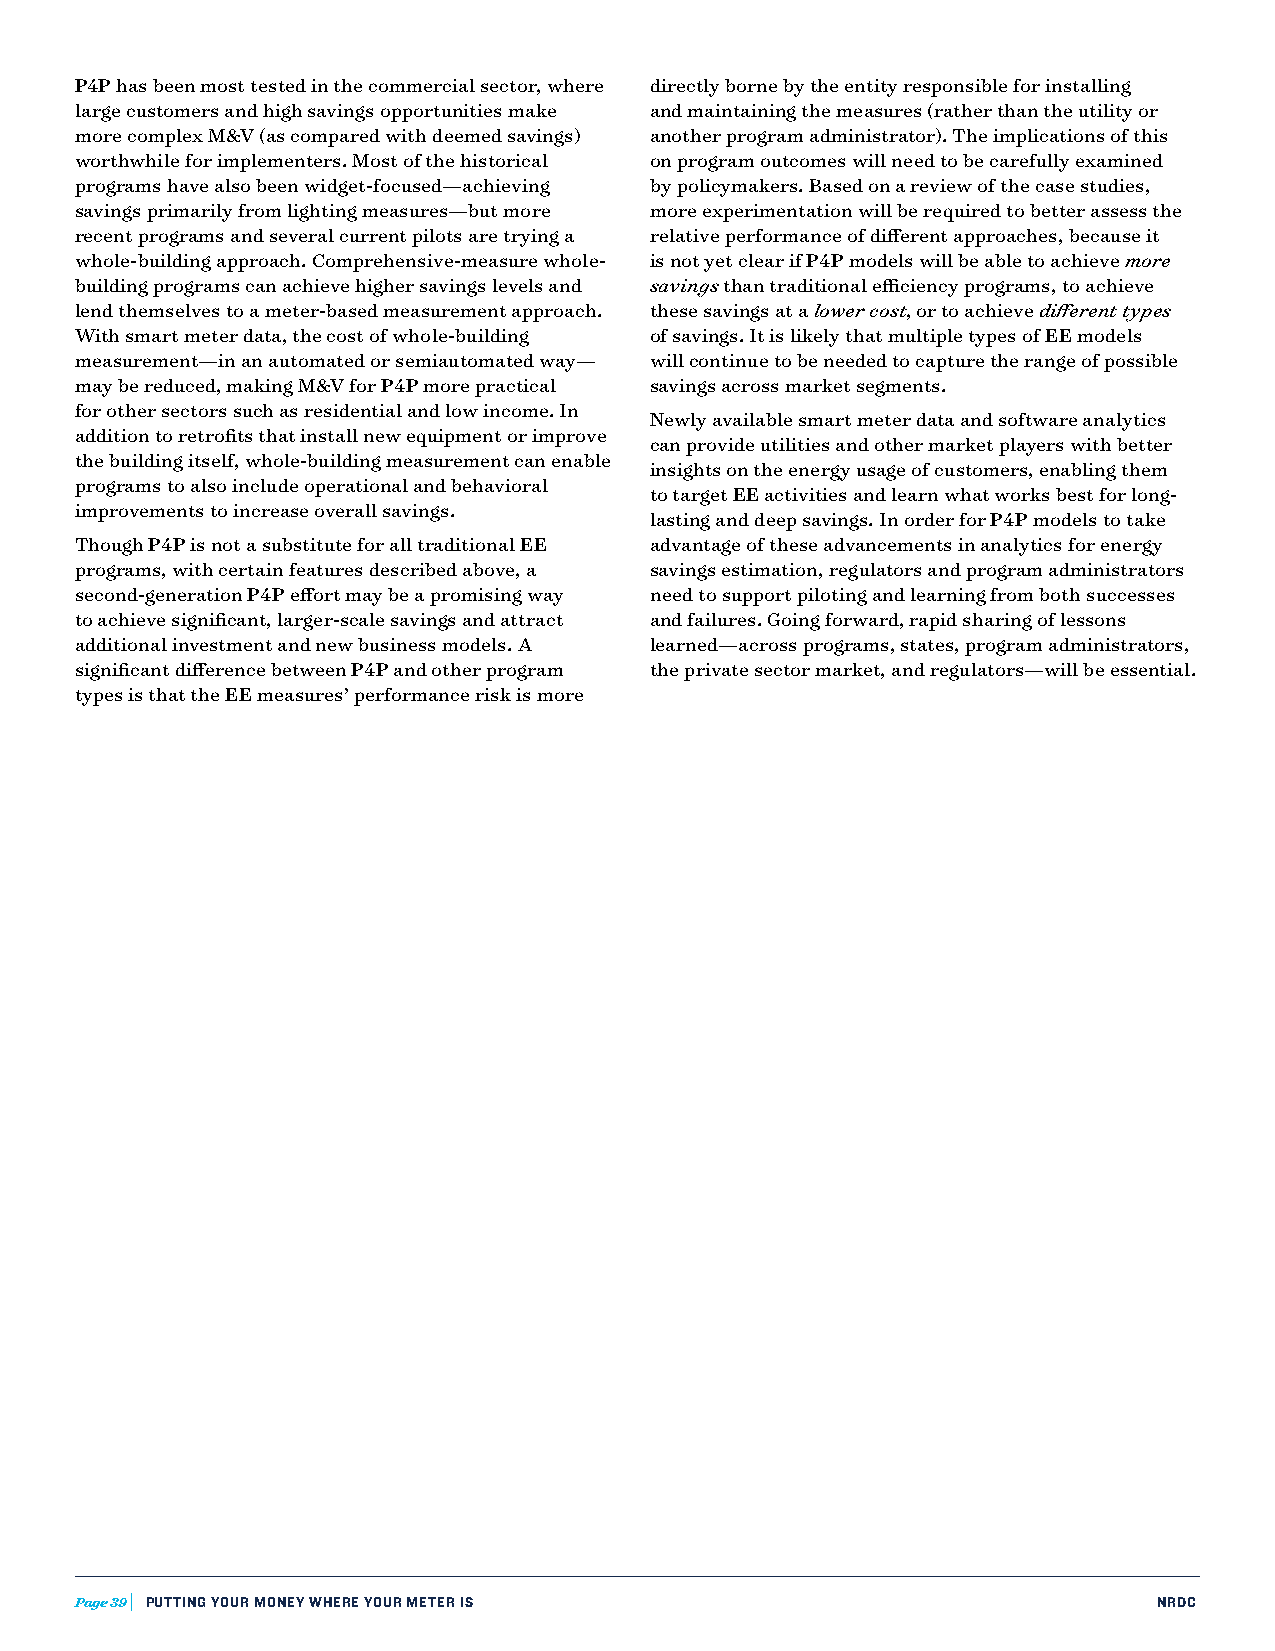
P4P has been most tested in the commercial sector, where directly borne by the entity responsible for installing
 large customers and high savings opportunities make and maintaining the measures (rather than the utility or
 more complex M&V (as compared with deemed savings) another program administrator). The implications of this
 worthwhile for implementers. Most of the historical on program outcomes will need to be carefully examined
 programs have also been widget-focused—achieving by policymakers. Based on a review of the case studies,
 savings primarily from lighting measures—but more more experimentation will be required to better assess the
 recent programs and several current pilots are trying a relative performance of different approaches, because it
 whole-building approach. Comprehensive-measure whole- is not yet clear if P4P models will be able to achieve more
 building programs can achieve higher savings levels and savings than traditional efficiency programs, to achieve
 lend themselves to a meter-based measurement approach. these savings at a lower cost, or to achieve different types
 With smart meter data, the cost of whole-building of savings. It is likely that multiple types of EE models
 measurement—in an automated or semiautomated way— will continue to be needed to capture the range of possible
 may be reduced, making M&V for P4P more practical savings across market segments.
 for other sectors such as residential and low income. In
 Newly available smart meter data and software analytics
 addition to retrofits that install new equipment or improve
 can provide utilities and other market players with better
 the building itself, whole-building measurement can enable
 insights on the energy usage of customers, enabling them
 programs to also include operational and behavioral
 to target EE activities and learn what works best for long-
 improvements to increase overall savings.
 lasting and deep savings. In order for P4P models to take
 Though P4P is not a substitute for all traditional EE advantage of these advancements in analytics for energy
 programs, with certain features described above, a savings estimation, regulators and program administrators
 second-generation P4P effort may be a promising way need to support piloting and learning from both successes
 to achieve significant, larger-scale savings and attract and failures. Going forward, rapid sharing of lessons
 additional investment and new business models. A learned—across programs, states, program administrators,
 significant difference between P4P and other program the private sector market, and regulators—will be essential.
 types is that the EE measures’ performance risk is more
 Page 39 PUTTING YOUR MONEY WHERE YOUR METER IS                          NRDC